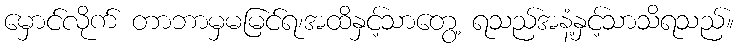
မှောင်လိုက် တာဘာမှမမြင်ရ၊အထိနှင့်သာတွေ့ ရသည်အနံ့နှင့်သာသိရသည်။